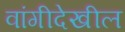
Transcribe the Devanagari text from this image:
वांगीदेखील